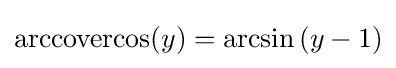
\operatorname {arccovercos} (y)=\arcsin \left(y-1\right)